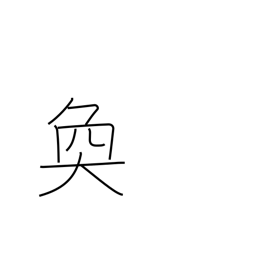
Meaning: bright